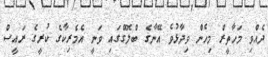
ދެއްވި މަހާތީރް މިހެން ވިދާޅުވެ އޭނާގެ ބްލޮގްގައި ވަނީ އެމެރިކާގެ ކުރީގެ ރައީސް